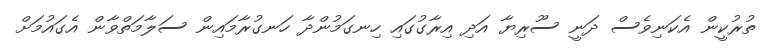
ތުރުކީން އެކަނިވެސް ދަނީ ސޫރިޔާ އަދި އިރާގުގައި ހިނގަމުންދާ ހަނގުރާމައިން ސަލާމަތްވާން އެގައުމަށް